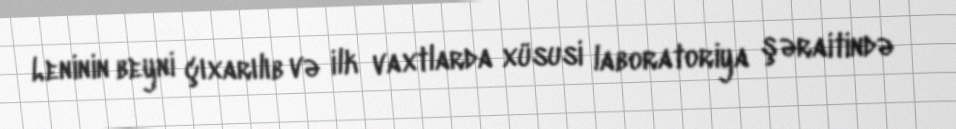
Leninin beyni çıxarılıb və ilk vaxtlarda xüsusi laboratoriya şəraitində